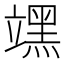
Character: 𮄻